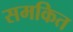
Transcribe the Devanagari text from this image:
समकित